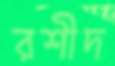
রশীদ